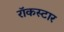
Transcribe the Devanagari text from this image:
रॉकस्‍टार